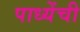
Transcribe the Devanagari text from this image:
पाध्येंची